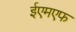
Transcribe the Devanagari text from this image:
ईएमएफ